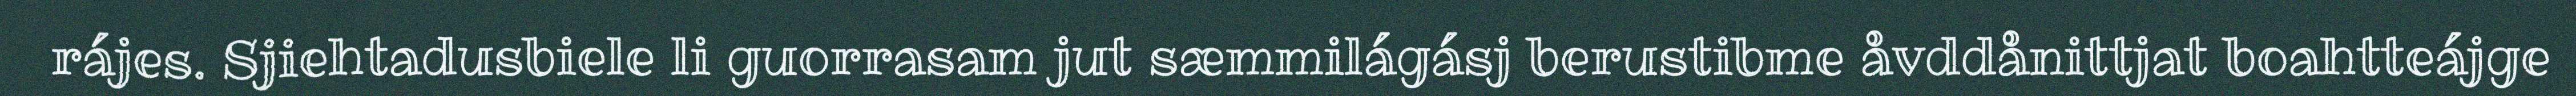
rájes. Sjiehtadusbiele li guorrasam jut sæmmilágásj berustibme åvddånittjat boahtteájge